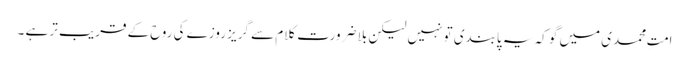
امتِ محمدی میں گو کہ یہ پابندی تو نہیں لیکن بلا ضرورت کلام سے گریز روزے کی روح کے قریب تر ہے ۔